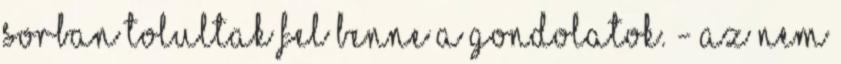
sorban tolultak fel benne a gondolatok. - Az nem